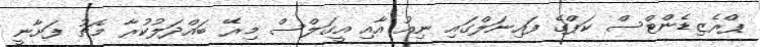
ޕްރެޒިޑެންޓްސް ކަޕްގެ ފައިނަލްގައި ނިއު އާއި އީގަލްސް މިރޭ ބައްދަލުކުރާ މެޗު ފަށާނީ